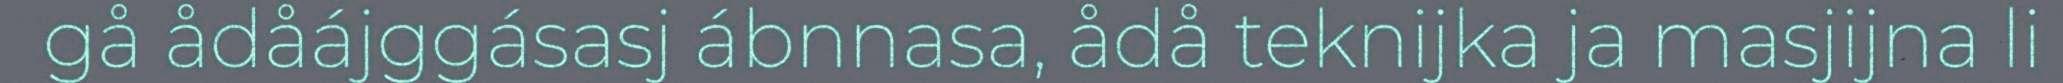
gå ådåájggásasj ábnnasa, ådå teknijka ja masjijna li